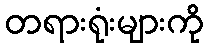
တရားရုံးများကို